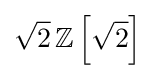
{\sqrt {2}}\,\mathbb {Z} \left[{\sqrt {2}}\right]